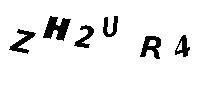
ZH2UR4